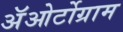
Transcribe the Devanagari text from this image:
अॅओर्टोग्राम